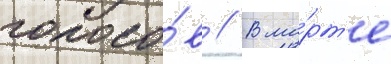
голосо́в // В ма́рт'е